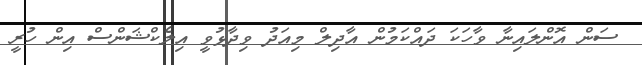
ސަން އޮންލައިނާ ވާހަކަ ދައްކަމުން އާދިލް މިއަދު ވިދާޅުވީ އިލެކްޝަންސް އިން ހުރީ